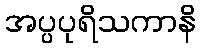
အပ္ပပုရိသကာနိ